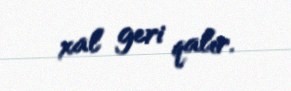
xal geri qalır.